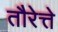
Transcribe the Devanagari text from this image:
तौरेत्ते